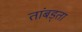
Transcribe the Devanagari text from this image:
तांबड्ता